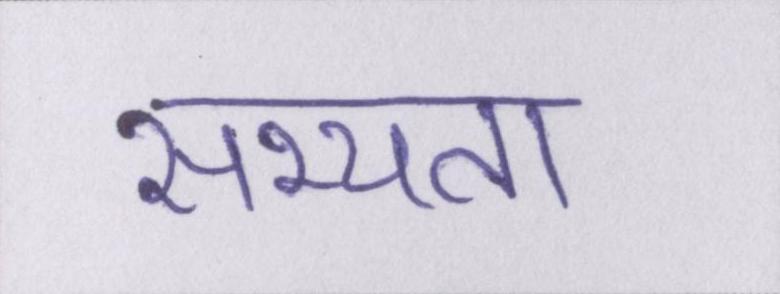
सभ्यता